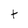
Character: t